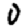
Digit: 0